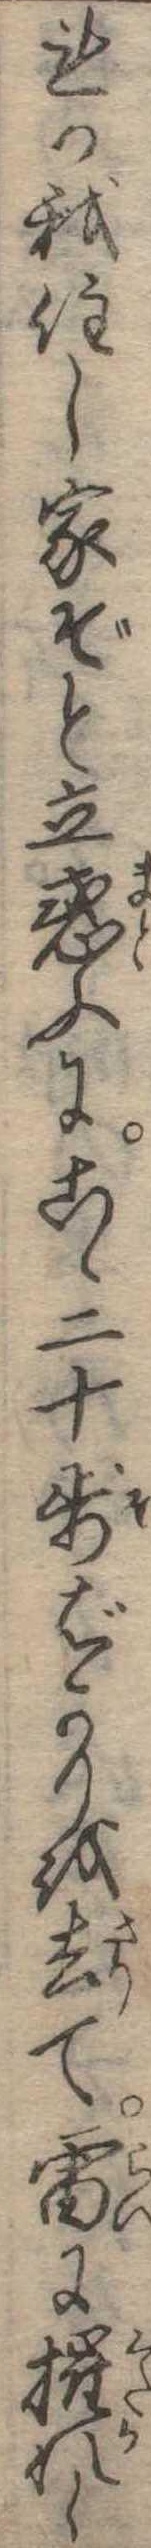
れか我住し家ぞと立惑ふにこゝ二十歩ばかりを去て雷に摧れし